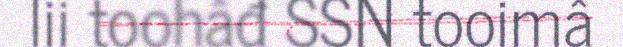
lii toohâđ SSN tooimâ